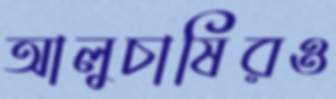
আলুচাষিরও